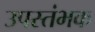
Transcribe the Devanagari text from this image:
उपस्तंभक